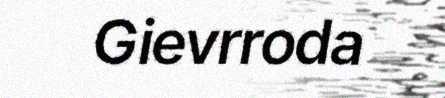
Gievrroda